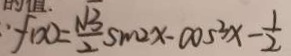
: f ( x ) = \frac { \sqrt { 3 } } { 2 } \sin 2 x - \cos ^ { 3 } x - \frac { 1 } { 2 }